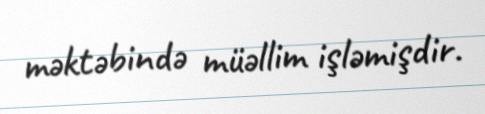
məktəbində müəllim işləmişdir.